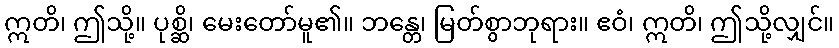
ဣတိ၊ ဤသို့။ ပုစ္ဆိ၊ မေးတော်မူ၏။ ဘန္တေ၊ မြတ်စွာဘုရား။ ဧဝံ၊ ဣတိ၊ ဤသို့လျှင်။